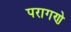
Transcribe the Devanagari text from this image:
परागणे